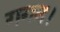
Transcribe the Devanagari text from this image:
गगन।